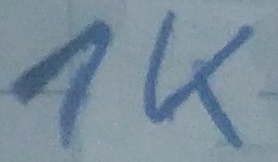
Text: 1K